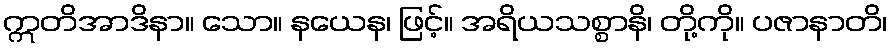
ဣတိအာဒိနာ။ သော။ နယေန၊ ဖြင့်။ အရိယသစ္စာနိ၊ တို့ကို။ ပဇာနာတိ၊